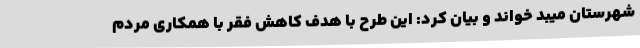
شهرستان میبد خواند و بیان کرد: این طرح با هدف کاهش فقر با همکاری مردم